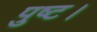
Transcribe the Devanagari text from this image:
पुष्ट।